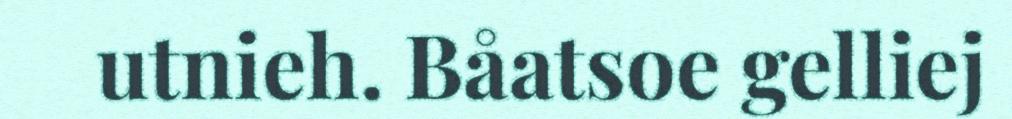
utnieh. Båatsoe gelliej